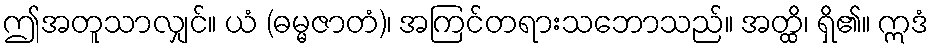
ဤအတူသာလျှင်။ ယံ (ဓမ္မဇာတံ)၊ အကြင်တရားသဘောသည်။ အတ္ထိ၊ ရှိ၏။ ဣဒံ